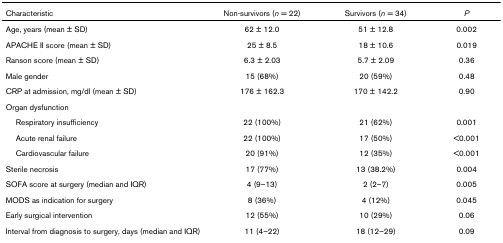
| Characteristic | Non-survivors (n = 22) | Survivors (n = 34) | P |
 | --- | --- | --- | --- |
 | Age, years (mean ± SD) | 62 ± 12.0 | 51 ± 12.8 | 0.002 |
 | APACHE II score (mean ± SD) | 25 ± 8.5 | 18 ± 10.6 | 0.019 |
 | Ranson score (mean ± SD) | 6.3 ± 2.03 | 5.7 ± 2.09 | 0.36 |
 | Male gender | 15 (68%) | 20 (59%) | 0.48 |
 | CRP at admission, mg/dl (mean ± SD) | 176 ± 162.3 | 170 ± 142.2 | 0.90 |
 | <COLSPAN=4> Organ dysfunction |
 | Respiratory insufficiency | 22 (100%) | 21 (62%) | 0.001 |
 | Acute renal failure | 22 (100%) | 17 (50%) | <0.001 |
 | Cardiovascular failure | 20 (91%) | 12 (35%) | <0.001 |
 | Sterile necrosis | 17 (77%) | 13 (38.2%) | 0.004 |
 | SOFA score at surgery (median and IQR) | 4 (9–13) | 2 (2–7) | 0.005 |
 | MODS as indication for surgery | 8 (36%) | 4 (12%) | 0.045 |
 | Early surgical intervention | 12 (55%) | 10 (29%) | 0.06 |
 | Interval from diagnosis to surgery, days (median and IQR) | 11 (4–22) | 18 (12–29) | 0.09 |